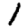
Digit: 1